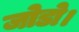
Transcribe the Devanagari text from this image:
जोडो।